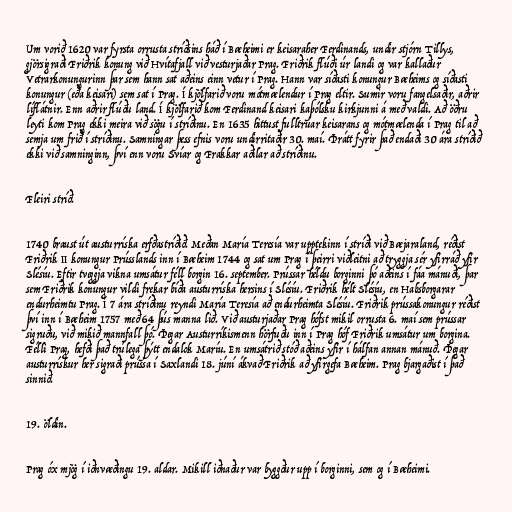
Um vorið 1620 var fyrsta orrusta stríðsins háð í Bæheimi er keisaraher Ferdinands, undir stjórn Tillys,
gjörsigraði Friðrik konung við Hvítafjall við vesturjaðar Prag. Friðrik flúði úr landi og var kallaður
Vetrarkonungurinn þar sem hann sat aðeins einn vetur í Prag. Hann var síðasti konungur Bæheims og síðasti
konungur (eða keisari) sem sat í Prag. Í kjölfarið voru mótmælendur í Prag eltir. Sumir voru fangelsaðir, aðrir
líflátnir. Enn aðrir flúðu land. Í kjölfarið kom Ferdinand keisari kaþólsku kirkjunni á með valdi. Að öðru
leyti kom Prag ekki meira við sögu í stríðinu. En 1635 hittust fulltrúar keisarans og mótmælenda í Prag til að
semja um frið í stríðinu. Samningar þess efnis voru undirritaðir 30. maí. Þrátt fyrir það endaði 30 ára stríðið
ekki við samninginn, því enn voru Svíar og Frakkar aðilar að stríðinu.

Fleiri stríð.

1740 braust út austurríska erfðastríðið. Meðan María Teresía var upptekinn í stríði við Bæjaraland, réðist
Friðrik II konungur Prússlands inn í Bæheim 1744 og sat um Prag í þeirri viðleitni að tryggja sér yfirráð yfir
Slésíu. Eftir tveggja vikna umsátur féll borgin 16. september. Prússar héldu borginni þó aðeins í fáa mánuði, þar
sem Friðrik konungur vildi frekar bíða austurríska hersins í Slésíu. Friðrik hélt Slésíu, en Habsborgarar
endurheimtu Prag. Í 7 ára stríðinu reyndi María Teresía að endurheimta Slésíu. Friðrik prússakonungur réðist
því inn í Bæheim 1757 með 64 þús manna lið. Við austurjaðar Prag hófst mikil orrusta 6. maí sem prússar
sigruðu, við mikið mannfall þó. Þegar Austurríkismenn hörfuðu inn í Prag hóf Friðrik umsátur um borgina.
Félli Prag, hefði það trúlega þýtt endalok Maríu. En umsátrið stóð aðeins yfir í hálfan annan mánuð. Þegar
austurrískur her sigraði prússa í Saxlandi 18. júní ákvað Friðrik að yfirgefa Bæheim. Prag bjargaðist í það
sinnið.

19. öldin.

Prag óx mjög í iðnvæðingu 19. aldar. Mikill iðnaður var byggður upp í borginni, sem og í Bæheimi.